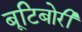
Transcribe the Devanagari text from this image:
बूटिबोरी